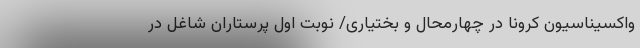
واکسیناسیون کرونا در چهارمحال و بختیاری/ نوبت اول پرستاران شاغل در